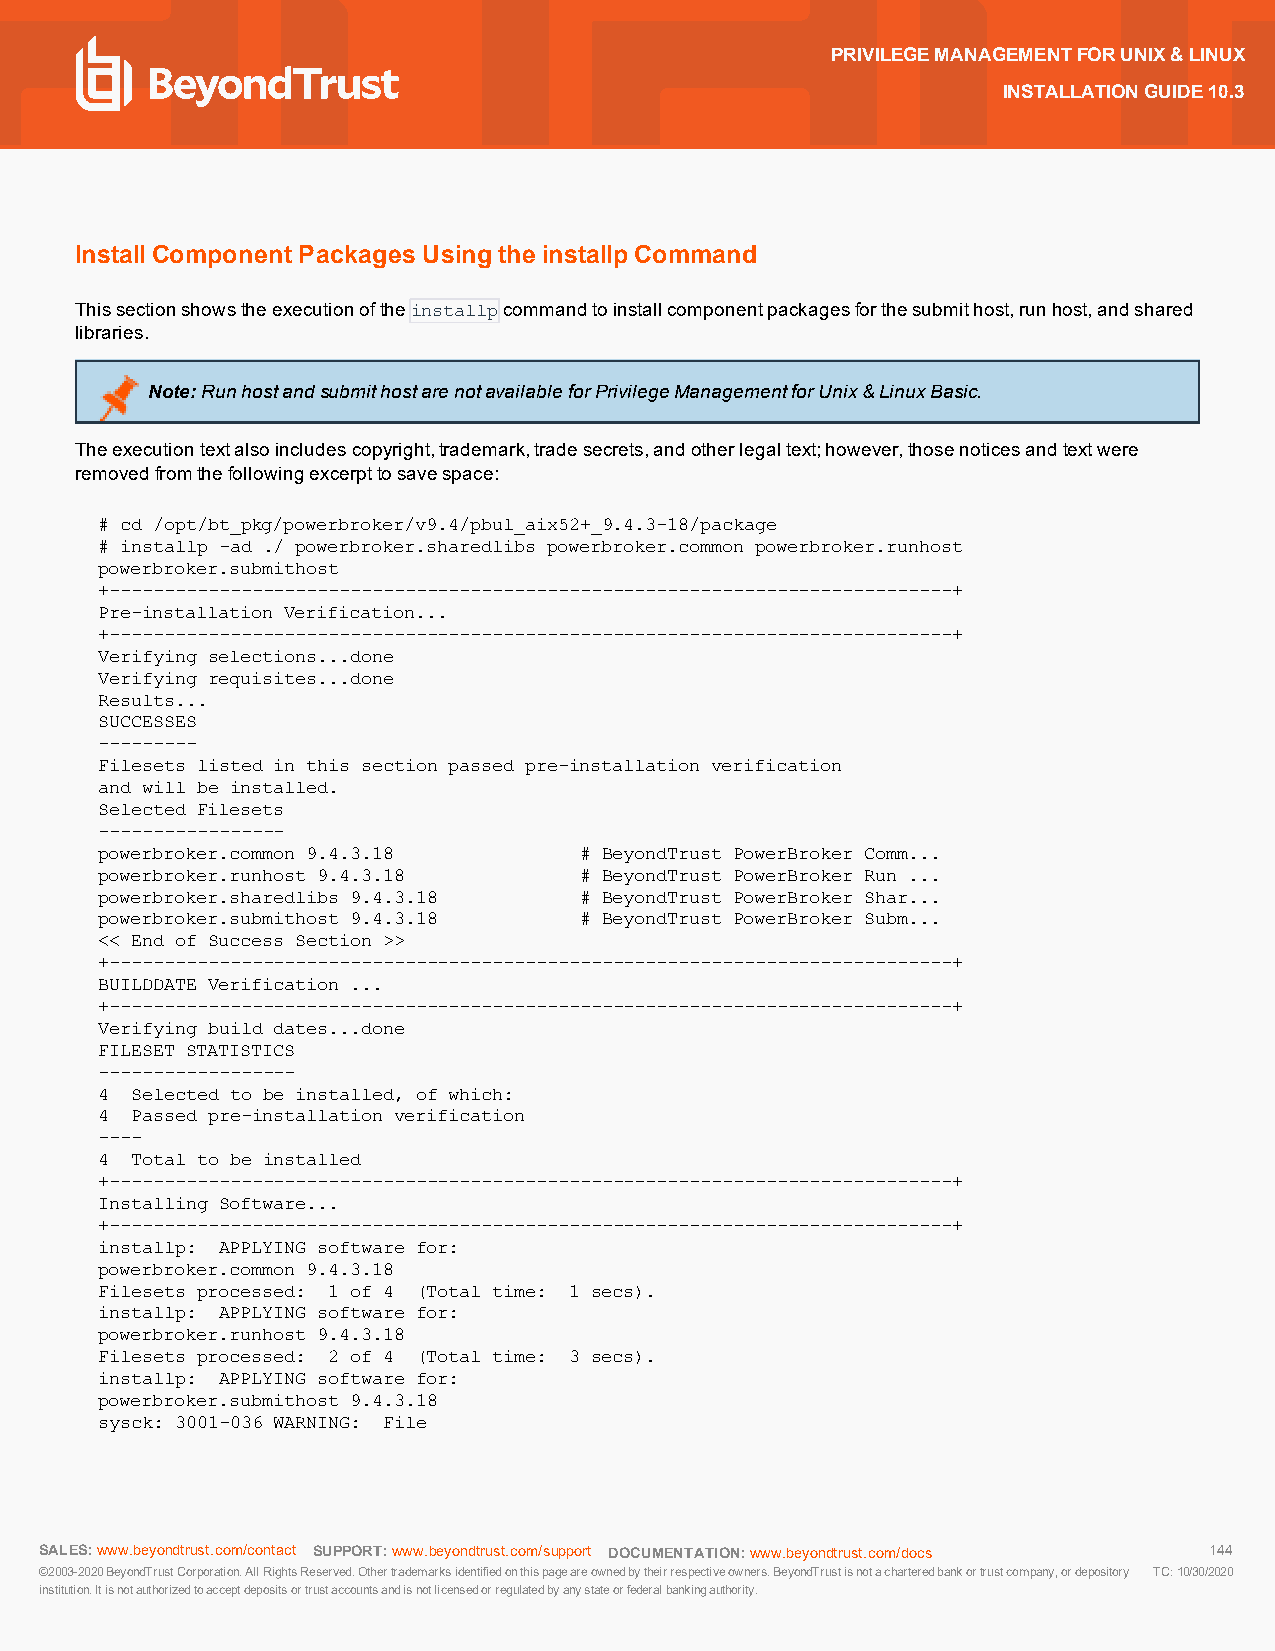
PRIVILEGEMANAGEMENTFORUNIX&LINUX
 INSTALLATIONGUIDE10.3
 InstallComponentPackages Using the installp Command
 Thissectionshowstheexecutionoftheinstallpcommandtoinstallcomponentpackagesforthesubmithost,runhost,andshared
 libraries.
 Note:RunhostandsubmithostarenotavailableforPrivilegeManagementforUnix&LinuxBasic.
 Theexecutiontextalsoincludescopyright,trademark,tradesecrets,andotherlegaltext;however,thosenoticesandtextwere
 removedfromthefollowingexcerpttosavespace:
 # cd /opt/bt_pkg/powerbroker/v9.4/pbul_aix52+_9.4.3-18/package
 # installp -ad ./ powerbroker.sharedlibs powerbroker.common powerbroker.runhost
 powerbroker.submithost
 +-----------------------------------------------------------------------------+
 Pre-installation Verification...
 +-----------------------------------------------------------------------------+
 Verifying selections...done
 Verifying requisites...done
 Results...
 SUCCESSES
 ---------
 Filesets listed in this section passed pre-installation verification
 and will be installed.
 Selected Filesets
 -----------------
 powerbroker.common 9.4.3.18    # BeyondTrust PowerBroker Comm...
 powerbroker.runhost 9.4.3.18   # BeyondTrust PowerBroker Run ...
 powerbroker.sharedlibs 9.4.3.18 # BeyondTrust PowerBroker Shar...
 powerbroker.submithost 9.4.3.18 # BeyondTrust PowerBroker Subm...
 << End of Success Section >>
 +-----------------------------------------------------------------------------+
 BUILDDATE Verification ...
 +-----------------------------------------------------------------------------+
 Verifying build dates...done
 FILESET STATISTICS
 ------------------
 4 Selected to be installed, of which:
 4 Passed pre-installation verification
 ----
 4 Total to be installed
 +-----------------------------------------------------------------------------+
 Installing Software...
 +-----------------------------------------------------------------------------+
 installp: APPLYING software for:
 powerbroker.common 9.4.3.18
 Filesets processed: 1 of 4 (Total time: 1 secs).
 installp: APPLYING software for:
 powerbroker.runhost 9.4.3.18
 Filesets processed: 2 of 4 (Total time: 3 secs).
 installp: APPLYING software for:
 powerbroker.submithost 9.4.3.18
 sysck: 3001-036 WARNING: File
 SALES:www.beyondtrust.com/contact SUPPORT:www.beyondtrust.com/support DOCUMENTATION:www.beyondtrust.com/docs 144
 ©2003-2020BeyondTrustCorporation.AllRightsReserved.Othertrademarksidentifiedonthispageareownedbytheirrespectiveowners.BeyondTrustisnotacharteredbankortrustcompany,ordepository TC:10/30/2020
 institution.Itisnotauthorizedtoacceptdepositsortrustaccountsandisnotlicensedorregulatedbyanystateorfederalbankingauthority.